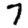
Digit: 7